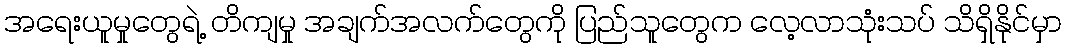
အရေးယူမှုတွေရဲ့ တိကျမှု အချက်အလက်တွေကို ပြည်သူတွေက လေ့လာသုံးသပ် သိရှိနိုင်မှာ